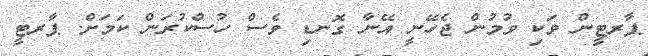
ޕާރޓީން ވަކި ވުމުން ޖެހޭނީ އޭނާ ގޮނޑި ވެސް ހުސްކުރަަން ކަމަށް. ޕާރޓީ